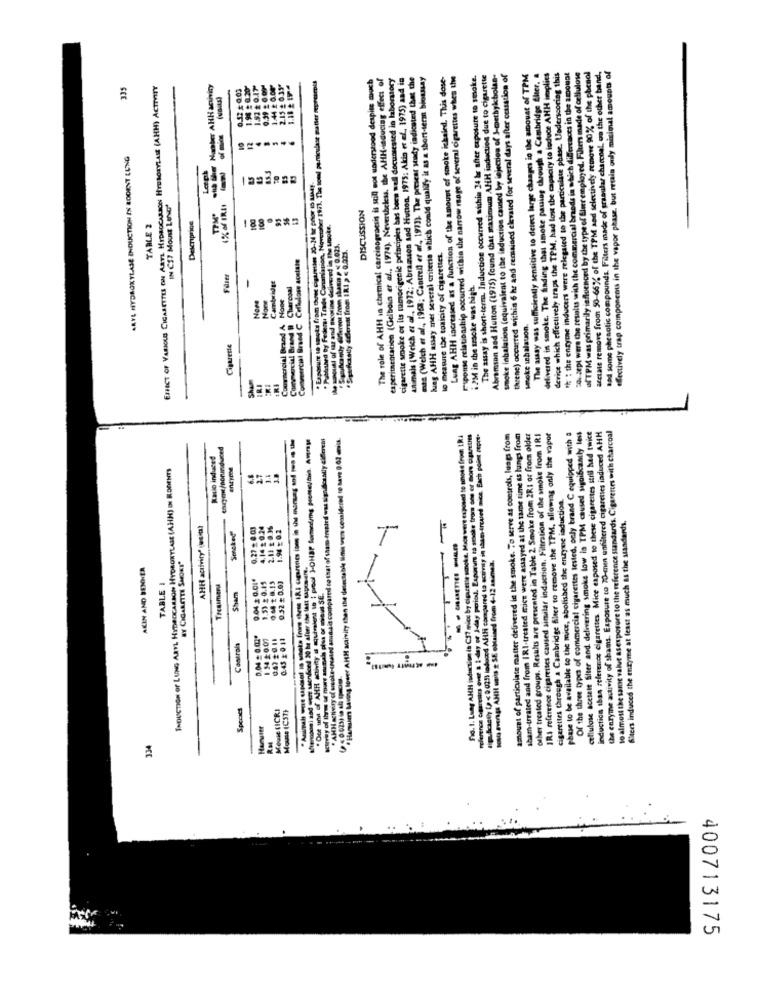
delivered in smoke. The finding that smoke pauing through a Cambridge her, a
The role of AHH in chemical carcinograesis is still not understood despite much
experimentation (Gelbeia et al ., 1974). Nevertheless, the AHH-inducing effect of
cigarette smoke or its tumorigenie principles bas bore well documsested in laboratory
Animals (Weich et al ., 1972; Abramson and Hunton. 1975: Akin et al. 1975) and in
mts (Welch et al ., 1963; Cantrell er af, 1973). The present study indicated that the
lung AHH assay met several criterio which could qualify it as a short-term bioassay
Lung AHH increased as a function of the amount of smoke ichsied. This dose-
response relationship occurred within the narrow rage of several cigarettes when the
The assay is short-term. Induction occurred within 24 hr after exposure to smoke.
Abramson and Hutton (1975) found that maximum AHH induction due to cigarette
smoke inhalation (equivalent to the induction caused by injection of 3-methykbolas-
theene) occurred within 6 hr and remained elevated for several days after cessation of
The assay was sufficiently sensitive to deiet large changes in the amount of TPM
device which effectively traps the TPM, had los the capacity to induce AHH implies
"h : the enzyme inducers were relegated to the particulate phase. Underscoring this
"Ou sept were the results with the commercial brands in which differences in the amount
UITPM was primarily influenced by the type of Siner employed. Filters made of cellulose
acctale remove from 50-66% of the TPM and selectively remove 90% of the phenol
had some phenolic compounds. Filters made of granular charcoal. on the other band,
Effectively trap components in the vapor phase, but retain ouly minimal amounts of
335
EFFECT OF VARIOUS CIGARETTES ON ARTL HYDROCARBON HYENORYLASE (AHH) ACTIVITY
9.39 2 0 09
1/44 2 0.007
2.15 #039*
Published By Federi Trade Cananission, Noversher 197). The soul particulase watter my
AAYL HYDROXYLASE INDUCTION IS BODENT LUNG
70
aposure to smoke fram these cigarettes 20-24 hr prior to sam4).
IN CS7 Mount LenG
DISCUSSION
-
TABLE 2
Desenprice
amount of tas and nicotine delivered in the smoke.
SignusAlca muy @stereot fre shann p < 0.025,
Syufctally achermit Trom IRI > < 0.023.
to measure the toxicity of cigarettes.
Hrcial Brand C Cellulose sosiale
Filter
-
Cambridge
harcoal
i 2M in the szsoke was high.
Nowe
smoke schalauon.
Commercial Brand
Capazeste
induction sbas reference cigarettes Mice exposed 10 these cigarettes still had twice
the enzyme activity of shams. Exposure to 70-enen unfiltered cigarettes induced AMH
to almost the same value asexposure to the reference standards. Cigarettes with charcoal
* AHH activity of wsoke-(und arsais compared to that of sam inctied was significantly diferent
·Hansen having lower AHH activity than the detectable limit were considered to bave 0.02 enius.
fig. 1. Lung AHH induction in C37 micc by Cigarette sonoke. Mice were exposed to unok e from IRA
reference cigaresirs over a I<day of J-day period. Zaporurs ta sesake from ses or Sono ciptettes
Beastly (p < 0.025) loduced AHli compared to activity in sham ercured mice. Each point ospre-
amount of particulate matter delivered in the smoke. To serve as controls, lungs from
sham-treated and from IRI-treated mice were assayed at the same time as lungs from
other treated groups. Results are presented in Table 2. Smoke from 2RI or from older
IRI reference cigareises caused similar indaction. Filtration of the smoke from IRI
cigarettes through a Cambridge filter to remove the TPM, allowing only the vapor
Of the three types of commercial cigarettes tested, only brand C equipped with a
cellulose acetate filter and delivering smoke low la TPM caused significantly tess
Ratio induced
INDUCTION OF LUNG ARYL HYDROCARBON HYDRONYLASE (AHH) IN RODENTS
phase to be available to the mice, abolished the enzyme induction.
Alters induces the enzyme at least as much as the standards.
AHH activity' jecita!
0,27 - @ 03
4.14 # 0.24
2.11 t 0.3%
1.94 0.2
---- -
mou mung AHI unis z SE obtained from 4-12 ssimez.
AKIN AND BENNER
BY CIGARETTE SMOKE"
0.04 0.01*
1.53 # 0.45
0.32 + 0.03
TABLE 1
Treatment
Sham
survey of Ihres se more anunais plus or minus SE.
Mengoni and were saonfood 20 ha afeer
. One unit of AHH activity o equivalent
0.04 = 0.01.
Controla
---
Mowie (ICRI
Mouse (C37)
RM
334
400713175